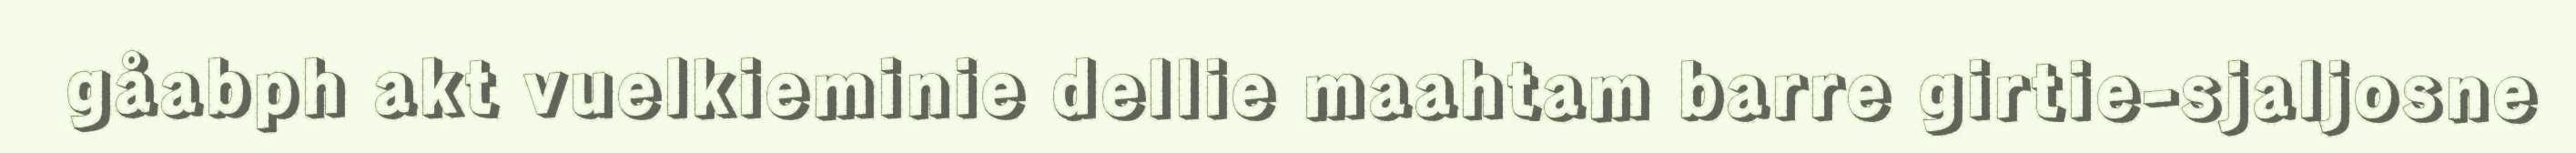
gåabph akt vuelkieminie dellie maahtam barre girtie-sjaljosne